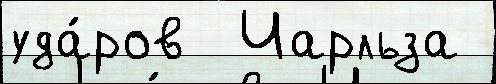
уда́ров  Чарльза